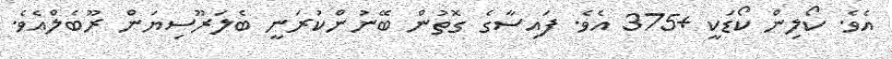
އެވެ. ކޯލިން ކޯޑަކީ +375 އެވެ. ފައިސާގެ ގޮތުން ބޭނުންކުރަނީ ބެލަރޫސިޔަން ރޫބެލްއެވެ.